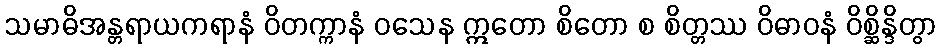
သမာဓိအန္တရာယကရာနံ ဝိတက္ကာနံ ဝသေန ဣတော စိတော စ စိတ္တဿ ဝိဓာဝနံ ဝိစ္ဆိန္ဒိတွာ